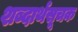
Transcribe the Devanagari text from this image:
शब्दार्थसूचक